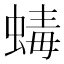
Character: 蝳